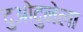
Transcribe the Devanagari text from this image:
दुओदुनेला